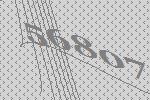
56807